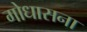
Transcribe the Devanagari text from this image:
गोधासना